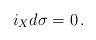
LaTeX: \begin{align*} i_Xd\sigma= 0 \,.\end{align*}